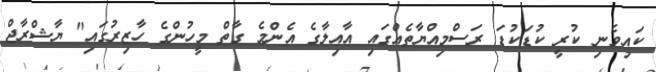
ކައިވެނި ކުރީ ކުޑަކުޑަ ރަސްމިއްޔާތެއްގައި އާއިލާގެ އެންމެ ގާތް މީހުންގެ ހާޒިރުގައި" ޔާޝްރާޖް